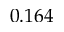
0 . 1 6 4